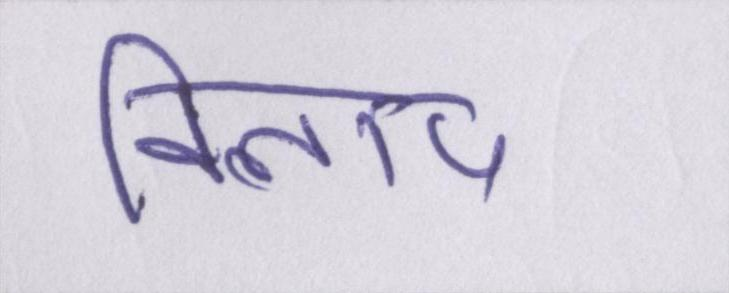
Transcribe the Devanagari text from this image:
विलाप